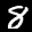
Label: 8